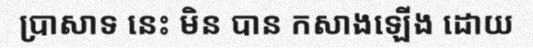
ប្រាសាទ នេះ មិន បាន កសាងឡើង ដោយ